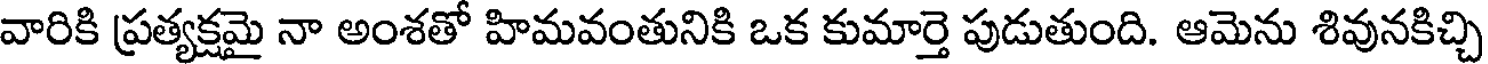
వారికి ప్రత్యక్షమై నా అంశతో హిమవంతునికి ఒక కుమార్తె పుడుతుంది. ఆమెను శివునకిచ్చి